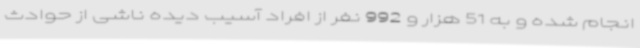
انجام شده و به 51 هزار و 992 نفر از افراد آسیب دیده ناشی از حوادث